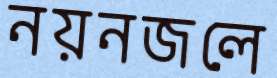
নয়নজলে